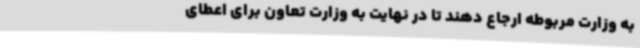
به وزارت مربوطه ارجاع دهند تا در نهایت به وزارت تعاون برای اعطای